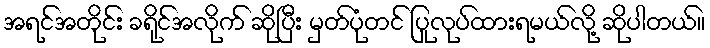
အရင်အတိုင်း ခရိုင်အလိုက် ဆိုပြီး မှတ်ပုံတင် ပြုလုပ်ထားရမယ်လို့ ဆိုပါတယ်။